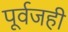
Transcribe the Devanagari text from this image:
पूर्वजही